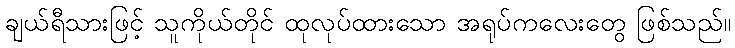
ချယ်ရီသားဖြင့် သူကိုယ်တိုင် ထုလုပ်ထားသော အရုပ်ကလေးတွေ ဖြစ်သည်။